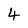
Character: 4